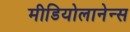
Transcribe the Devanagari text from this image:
मीडियोलानेन्स